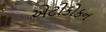
એટીકોકન